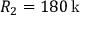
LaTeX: R _ { 2 } = 1 8 0 \, \mathrm { k \Omega }